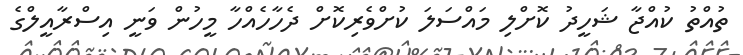
ތުއްތު ކުއްޖާ ޝަހީދު ކޮށްލި މައްސަލަ ކުށްވެރިކޮށް ދެހާހެއްހާ މީހުން ވަނީ އިސްރާއީލްގެ